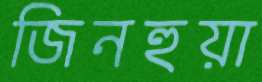
জিনহুয়া